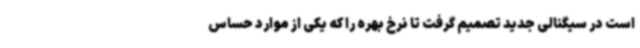
است در سیگنالی جدید تصمیم گرفت تا نرخ بهره را که یکی از موارد حساس